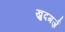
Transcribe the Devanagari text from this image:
ख़ुदगर्ज़